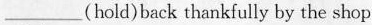
___(hold)back thankfully by the shop